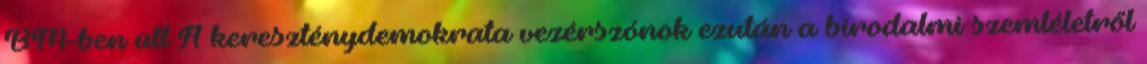
BM-ben ült A kereszténydemokrata vezérszónok ezután a birodalmi szemléletről